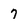
Character: 7